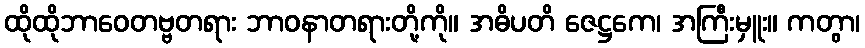
ထိုထိုဘာဝေတဗ္ဗတရား ဘာဝနာတရားတို့ကို။ အဓိပတိ ဇေဋ္ဌကေ၊ အကြီးမှူး။ ကတွာ၊